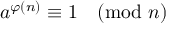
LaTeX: a ^ { \varphi ( n ) } \equiv 1 { \pmod { n } }